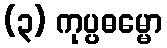
(၃) ကုပ္ပဓမ္မော